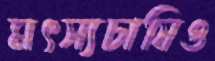
মৎস্যচাষিও